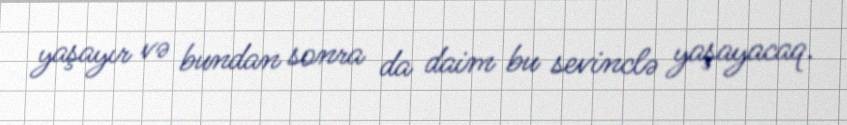
yaşayır və bundan sonra da daim bu sevinclə yaşayacaq.